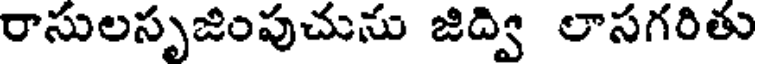
రాసులసృజింపుచును జిద్వి లాసగరితు